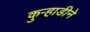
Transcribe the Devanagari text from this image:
कुऱ्हाडीने